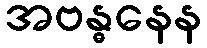
အဗန္ဓနေန